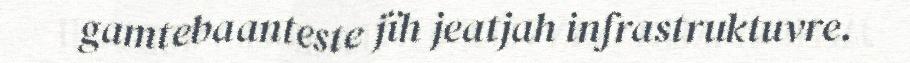
gamtebaanteste jïh jeatjah infrastruktuvre.